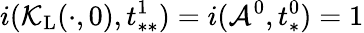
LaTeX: i(\mathcal{K}_{\mathrm{L}}(\cdot,0),t_{**}^{1})=i(\mathcal{A}^{0},t_{*}^{0})=1